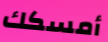
أمسكك